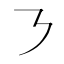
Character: ㇋